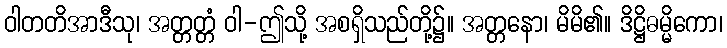
ဝါတတိအာဒီသု၊ အတ္တတ္တံ ဝါ-ဤသို့ အစရှိသည်တို့၌။ အတ္တနော၊ မိမိ၏။ ဒိဋ္ဌိဓမ္မိကော၊